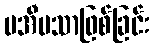
မအီမသာဖြစ်ခြင်း